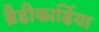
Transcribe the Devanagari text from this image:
ब्रैडीकार्डिया